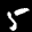
Label: 5